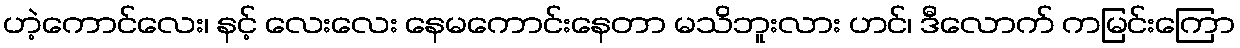
ဟဲ့ကောင်လေး၊ နင့် လေးလေး နေမကောင်းနေတာ မသိဘူးလား ဟင်၊ ဒီလောက် ကမြင်းကြော